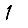
Digit: 1